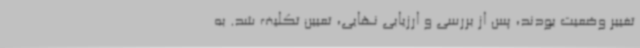
تغییر وضعیت بودند، پس از بررسی و ارزیابی نهایی، تعیین تکلیف شد. به